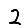
Digit: 2